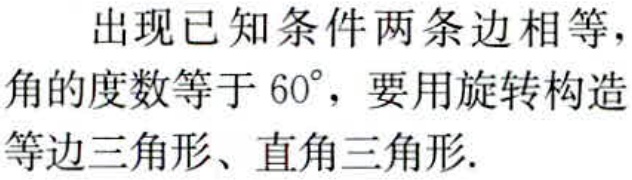
出现已知条件两条边相等，角的度数等于 \(60^{\circ}\)，要用旋转构造等边三角形、直角三角形.